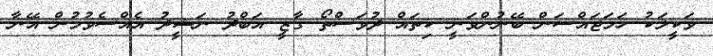
ވަކީލަކު ހަމަޖައްސަން ބޭނުންވަނީ ކިތައް ދުވަސްތޯ ގާޒީ އަބްދު ނަޝީދު އެއްސެވުމުން އޭނާ